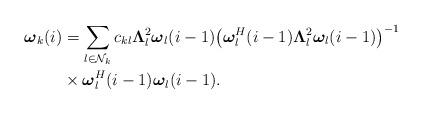
LaTeX: \begin{align*}\boldsymbol{\omega}_k(i)&=\sum_{l\in \mathcal{N}_k}c_{kl}\boldsymbol\Lambda_l^2\boldsymbol{\omega}_l(i-1)\big(\boldsymbol{\omega}_l^H(i-1)\boldsymbol\Lambda_l^2\boldsymbol{\omega}_l(i-1)\big)^{-1}\\& \times\boldsymbol\omega_l^H(i-1)\boldsymbol\omega_l(i-1). \end{align*}